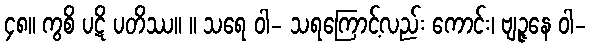
၄၈။ ကွစိ ပဋိ ပတိဿ။ ။ သရေ ဝါ- သရကြောင့်လည်း ကောင်း၊ ဗျဉ္ဇနေ ဝါ-